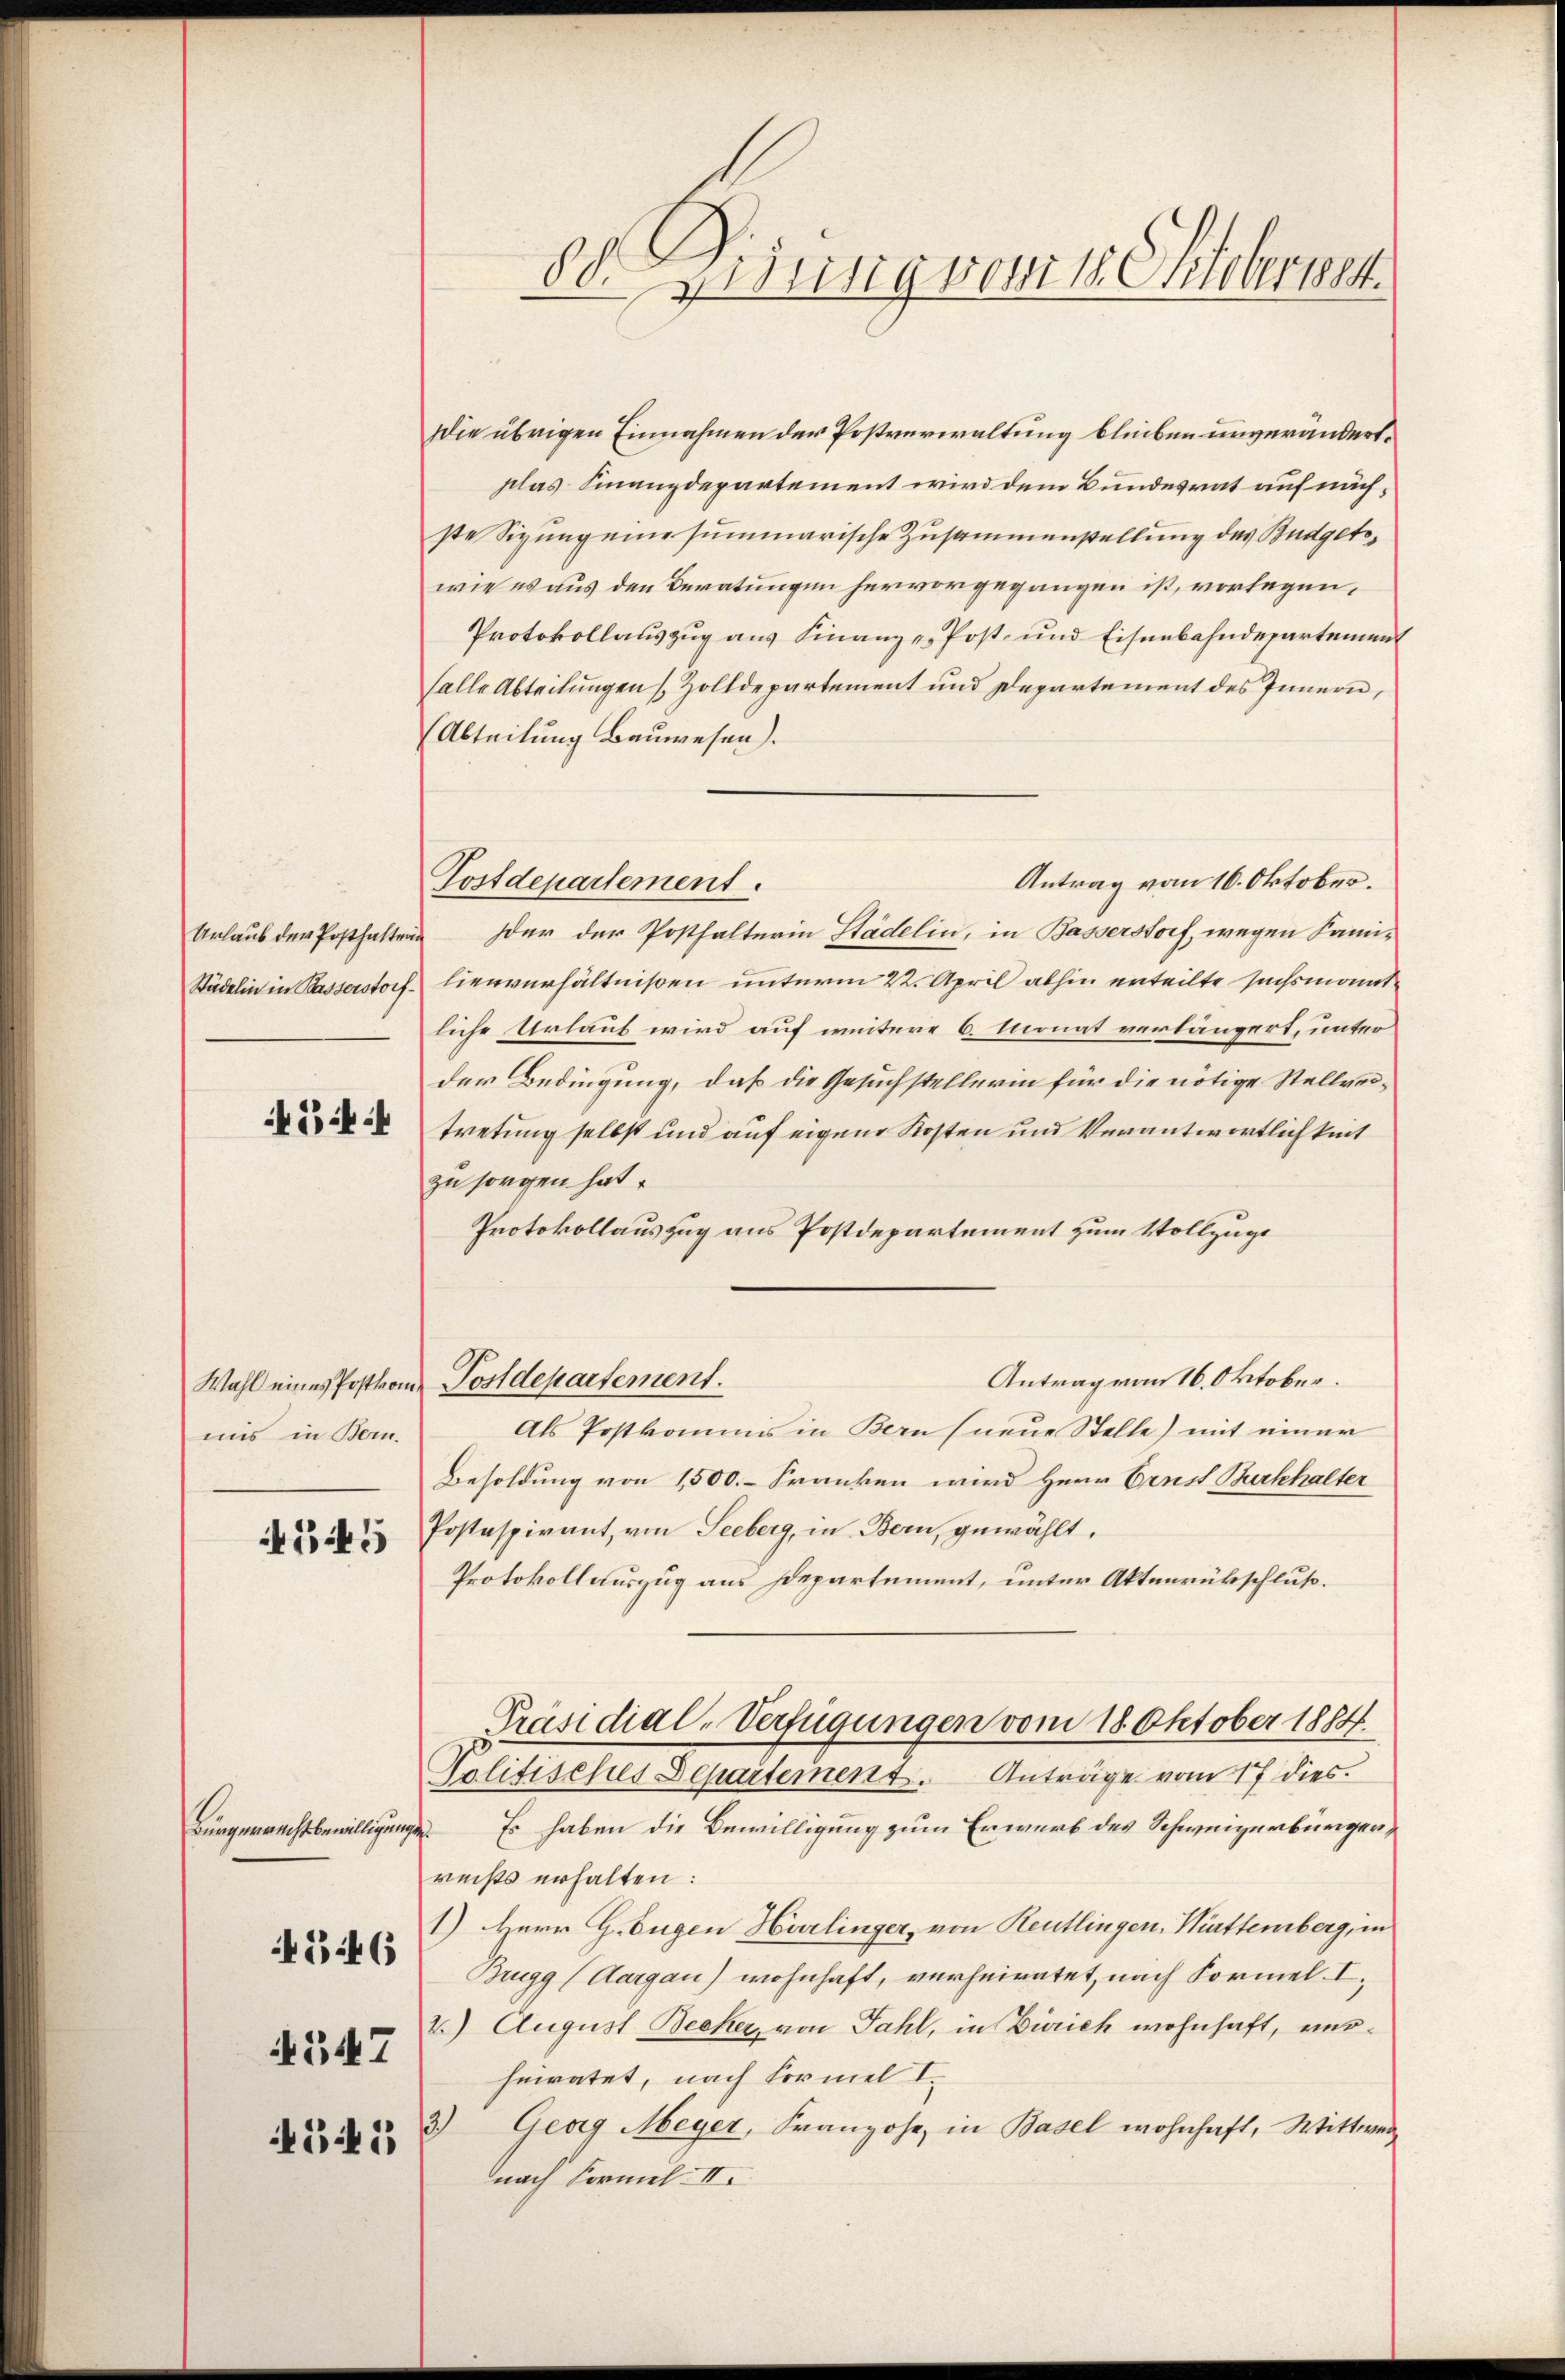
Urlaub der Posthalten
Städelin in Basserstorf¬

54

Wahl eines Postkomuns in Bern.
55

A347
545

546

Die übrigen Einnahmen der Postverwaltung blieben unverändert.
plas Finanzdepartement wird dem Bundesrat auf nächste Sizung eine summarische Zusammenstellung des Budgetwie es aus den Beratungen hervorgegangen ist, vorlegen,
Protokollauszug aus Finanz u. Post- und Eisenbahndepartement
falle Abteilungen (Zolldepartement und Departement des Innern,
Abteilung Bauwesen).
Antrag vom 16. Oktober.
der der Posthalterin Städelin, in Basserstorf, wegen Familienverhältnißen unterm 22. April abhin erteilte suchsmanntliche Urlauf wird auf weitere 6. Monat verlängert, unter
der Bedingung, daß die Gesuchstellerin für die nötige Stellvertretung selbst und auf eigene Kosten und Verantwortlichkeit
zu sorgen hat.
Protokollauszug aus Postdepartement zum Vollzuge
Antrag von 16. Oktober.
Postdepartement.
Als Postkommis in Bern (neue Stelle) mit einer
Besoldung von 1500.- Franken wird Herr Ernst Burkhalter
Postaspirant, von Seeberg, in Bern, gewählt.
Protokollauszug aus Departement, unter Aktenrückschluß.
Präsidial-Verfügungen vom 18. Oktober 1884.
Golitisches Departement. Anträge vom 17 dies
Bürgerrechtsbewilligungen. Es haben die Bewilligung zum Erwerb des Schweizerbürger,
rechts erhalten:
1) Herr G. Eugen Hörlinger, von Reutlingen, Württemberg, in
Brugg (Aargau) wohnhaft, verheiratet, nach Formel. I.
2.) August Becker, von Fahl, in Zürich wohnhaft, verheiratet, nach Formel I
Georg Meyer, Franzohe, in Basel wohnhaft, Wittwer
1
nach Formel. II.

Postdepartement.

de Dirung reisschlehrwer